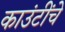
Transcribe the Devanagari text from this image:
काउंटींचे